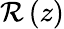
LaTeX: \mathcal{R}\left(z\right)